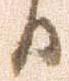
日